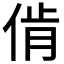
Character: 𱎳